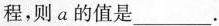
程，则a的值是___.